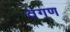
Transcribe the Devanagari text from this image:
तगण